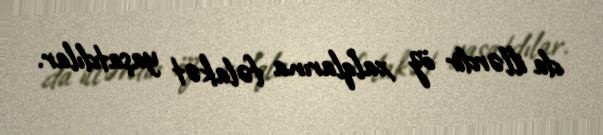
da illərdir öz xalqlarına fəlakət yaşatdılar.